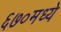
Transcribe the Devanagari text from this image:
६७०मध्ये